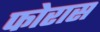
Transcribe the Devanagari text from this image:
फोरास